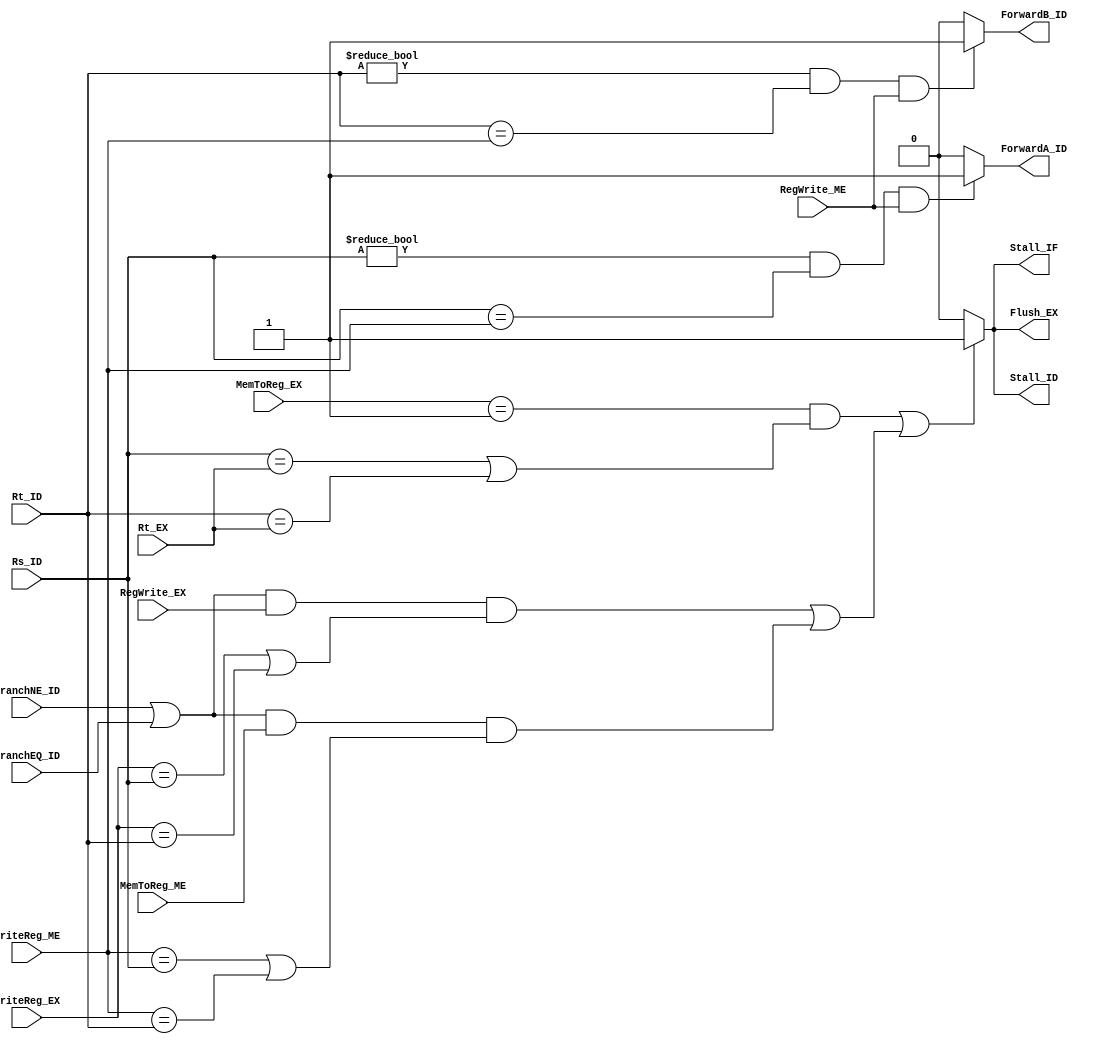
/******************************************************************
 * Description
 *  This is the hazard detection unit
 *  1.0
 * Author:
 *  Alejandro Rios Jasso
 *  Javier Ochoa Pardo
 * email:
 *  is708932@iteso.mx
 *  is702811@iteso.mx
 * Date:
 *  08/05/2019
 ******************************************************************/
module HazardDetectionUnit (input [4:0] Rs_ID,
                            input [4:0] Rt_ID,
                            input [4:0] Rt_EX,
                            input [1:0] MemToReg_EX,
                            input [1:0] MemToReg_ME,
                            input BranchEQ_ID,
                            input BranchNE_ID,
                            input RegWrite_EX,
                            input RegWrite_ME,
                            input [4:0] WriteReg_EX,
                            input [4:0] WriteReg_ME,
                            output reg Stall_IF,
                            output reg Stall_ID,
                            output reg Flush_EX,
                            output reg ForwardA_ID,
                            output reg ForwardB_ID);

    reg lwstall;
    reg branchstall;
    
    always@(*)
    begin
        lwstall <= (MemToReg_EX == 2'b01 && ((Rs_ID == Rt_EX) || (Rt_ID == Rt_EX)));
        branchstall <= (((BranchNE_ID || BranchEQ_ID) && RegWrite_EX && (WriteReg_EX == Rs_ID || WriteReg_EX == Rt_ID)) || 
                        ((BranchNE_ID || BranchEQ_ID) && MemToReg_ME && (WriteReg_ME == Rs_ID || WriteReg_ME == Rt_ID)));

        Stall_IF <= 0;
        Stall_ID <= 0;
        Flush_EX <= 0;
        ForwardA_ID <= 0;
        ForwardB_ID <= 0;

        if (lwstall || branchstall) begin
            Stall_IF <= 1;
            Stall_ID <= 1;
            Flush_EX <= 1;
        end

        if ((Rs_ID != 0) && (Rs_ID == WriteReg_ME) && RegWrite_ME)
            ForwardA_ID <= 1;
        if ((Rt_ID != 0) && (Rt_ID == WriteReg_ME) && RegWrite_ME)
            ForwardB_ID <= 1;
    end
    
endmodule